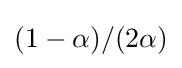
(1-\alpha )/(2\alpha )